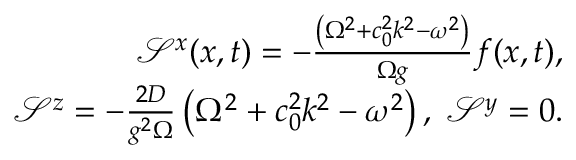
\begin{array} { r l r } & { } & { \mathcal { S } ^ { x } ( x , t ) = - \frac { \left( \Omega ^ { 2 } + c _ { 0 } ^ { 2 } k ^ { 2 } - \omega ^ { 2 } \right) } { \Omega g } f ( x , t ) , } \\ & { } & { \mathcal { S } ^ { z } = - \frac { 2 D } { g ^ { 2 } \Omega } \left( \Omega ^ { 2 } + c _ { 0 } ^ { 2 } k ^ { 2 } - \omega ^ { 2 } \right) , \; \mathcal { S } ^ { y } = 0 . } \end{array}